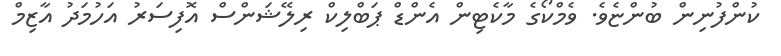
ކުންފުނިން ބުންޏެވެ. ވެމްކޯގެ މާކެޓިން އެންޑް ޕަބްލިކް ރިލޭޝަންސް އޮފިސަރު އަހުމަދު އާޒިމް